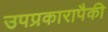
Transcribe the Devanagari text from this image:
उपप्रकारापैकी